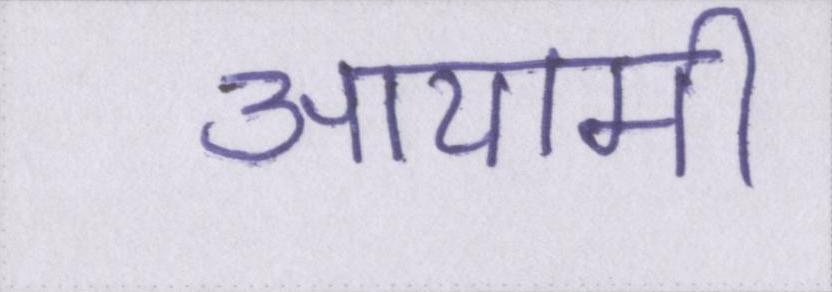
आयामी